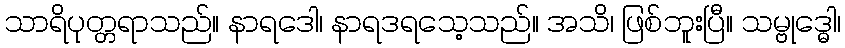
သာရိပုတ္တရာသည်။ နာရဒေါ၊ နာရဒရသေ့သည်။ အသိ၊ ဖြစ်ဘူးပြီ။ သမ္ဗုဒ္ဓေါ၊